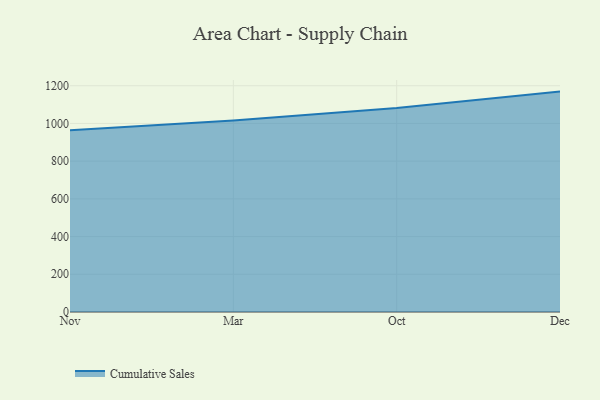
{"axis": {"x": "Month", "y": "Operating Costs (USD K)"}, "legend": ["Cumulative Sales"], "data": [{"x": "Nov", "y": 963.3, "type": "Cumulative Sales"}, {"x": "Mar", "y": 1015.7, "type": "Cumulative Sales"}, {"x": "Oct", "y": 1081.6, "type": "Cumulative Sales"}, {"x": "Dec", "y": 1168.8, "type": "Cumulative Sales"}]}